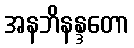
အနဘိနန္ဒတော